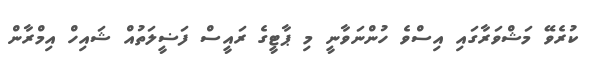
ކުރެވޭ މަޝްވަރާގައި އިސްވެ ހުންނަވާނީ މި ޕާޓީގެ ރައީސް ފަޟީލަތުއް ޝައިހް އިމްރާން